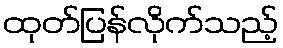
ထုတ်ပြန်လိုက်သည့်